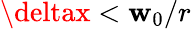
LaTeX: \deltax<\mathbf{w}_{0}/r